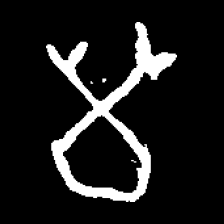
Pyu character \u2014 Myanmar letter: မ (romanized: ma)